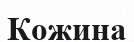
Кожина